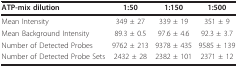
<table><thead><tr><td><b>ATP-mix dilution</b></td><td><b>1:50</b></td><td><b>1:150</b></td><td><b>1:500</b></td></tr></thead><tbody><tr><td>Mean Intensity</td><td>349 ± 27</td><td>339 ± 19</td><td>351 ± 9</td></tr><tr><td>Mean Background Intensity</td><td>89.3 ± 0.5</td><td>97.6 ± 4.6</td><td>92.3 ± 3.7</td></tr><tr><td>Number of Detected Probes</td><td>9762 ± 213</td><td>9378 ± 435</td><td>9585 ± 139</td></tr><tr><td>Number of Detected Probe Sets</td><td>2432 ± 28</td><td>2382 ± 101</td><td>2371 ± 12</td></tr></tbody></table>